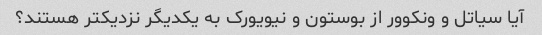
آیا سیاتل و ونکوور از بوستون و نیویورک به یکدیگر نزدیکتر هستند؟